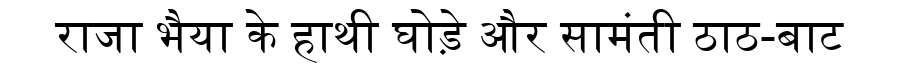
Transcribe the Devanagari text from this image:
राजा भैया के हाथी घोड़े और सामंती ठाठ-बाट